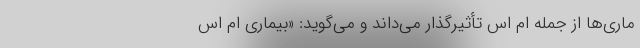
ماری‌ها از جمله ام اس تأثیرگذار می‌داند و می‌گوید: «بیماری ام اس